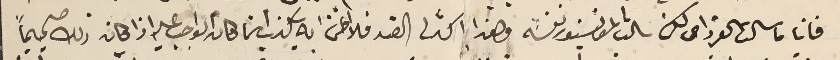
فانا ما سالت القرداحى لكن سالت المونسنيور نفسَه وهذا اكد لى الضد فلا اظن به يكذب انما كان الواجب عليه اذا كان ذلك صحيحاً